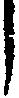
し